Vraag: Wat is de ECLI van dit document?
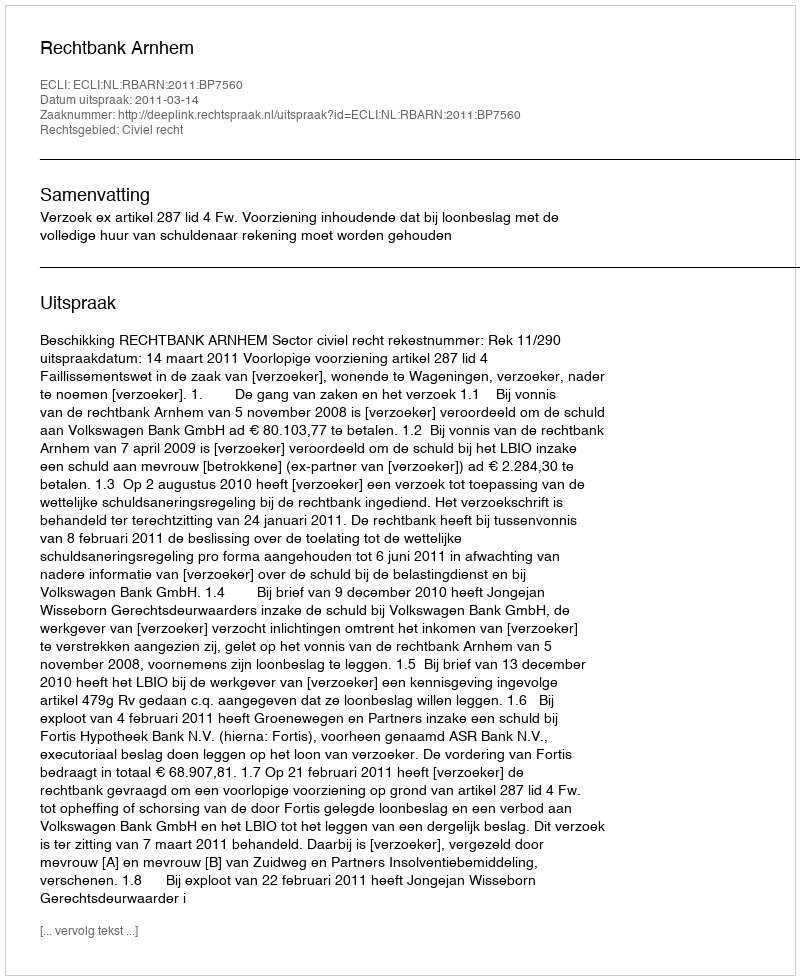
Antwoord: ECLI:NL:RBARN:2011:BP7560